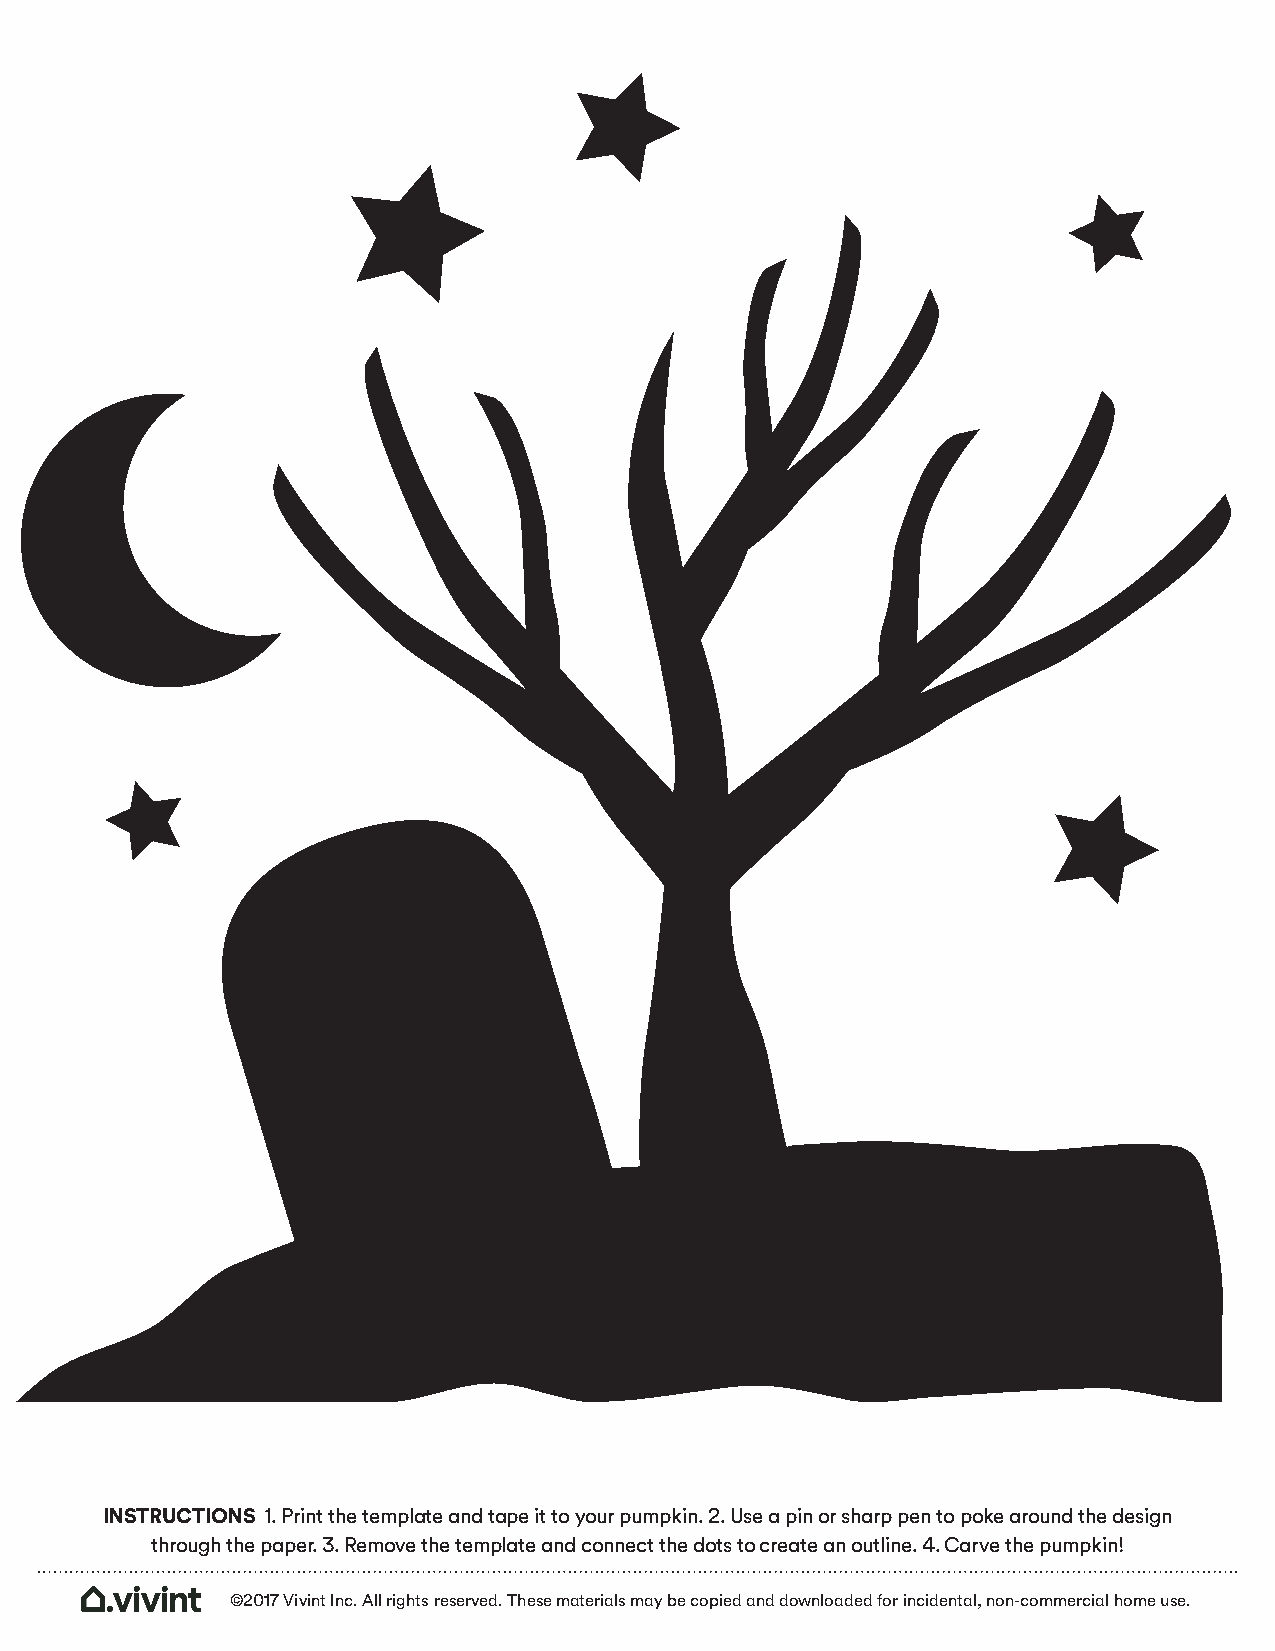
INSTRUCTIONS 1. Print the template and tape it to your pumpkin. 2. Use a pin or sharp pen to poke around the design
 through the paper. 3. Remove the template and connect the dots to create an outline. 4. Carve the pumpkin!
 ©2017 Vivint Inc. All rights reserved. These materials may be copied and downloaded for incidental, non-commercial home use.